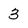
Character: 3